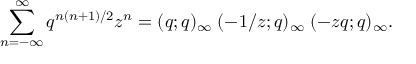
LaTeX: \sum _ { n = - \infty } ^ { \infty } q ^ { n ( n + 1 ) / 2 } z ^ { n } = ( q ; q ) _ { \infty } \; ( - 1 / z ; q ) _ { \infty } \; ( - z q ; q ) _ { \infty } .